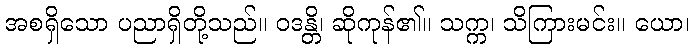
အစရှိသော ပညာရှိတို့သည်။ ဝဒန္တိ၊ ဆိုကုန်၏။ သက္က၊ သိကြားမင်း။ ယော၊